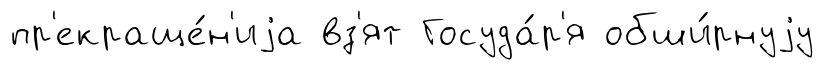
пр'екраще́н'иjа вз'ят Госуда́р'я обши́рнуjу